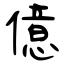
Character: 億